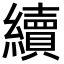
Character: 續